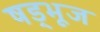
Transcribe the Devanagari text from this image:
षड्भूज